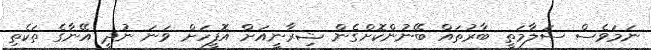
ނަމަވެސް ސަލާމަތީ ބާރުތައް ބޭނުންކޮށްގެން ޝިރާނީއަށް އޮފީހަށް ވަނަ ނުދީ އޭނާގެ ތަކެތި